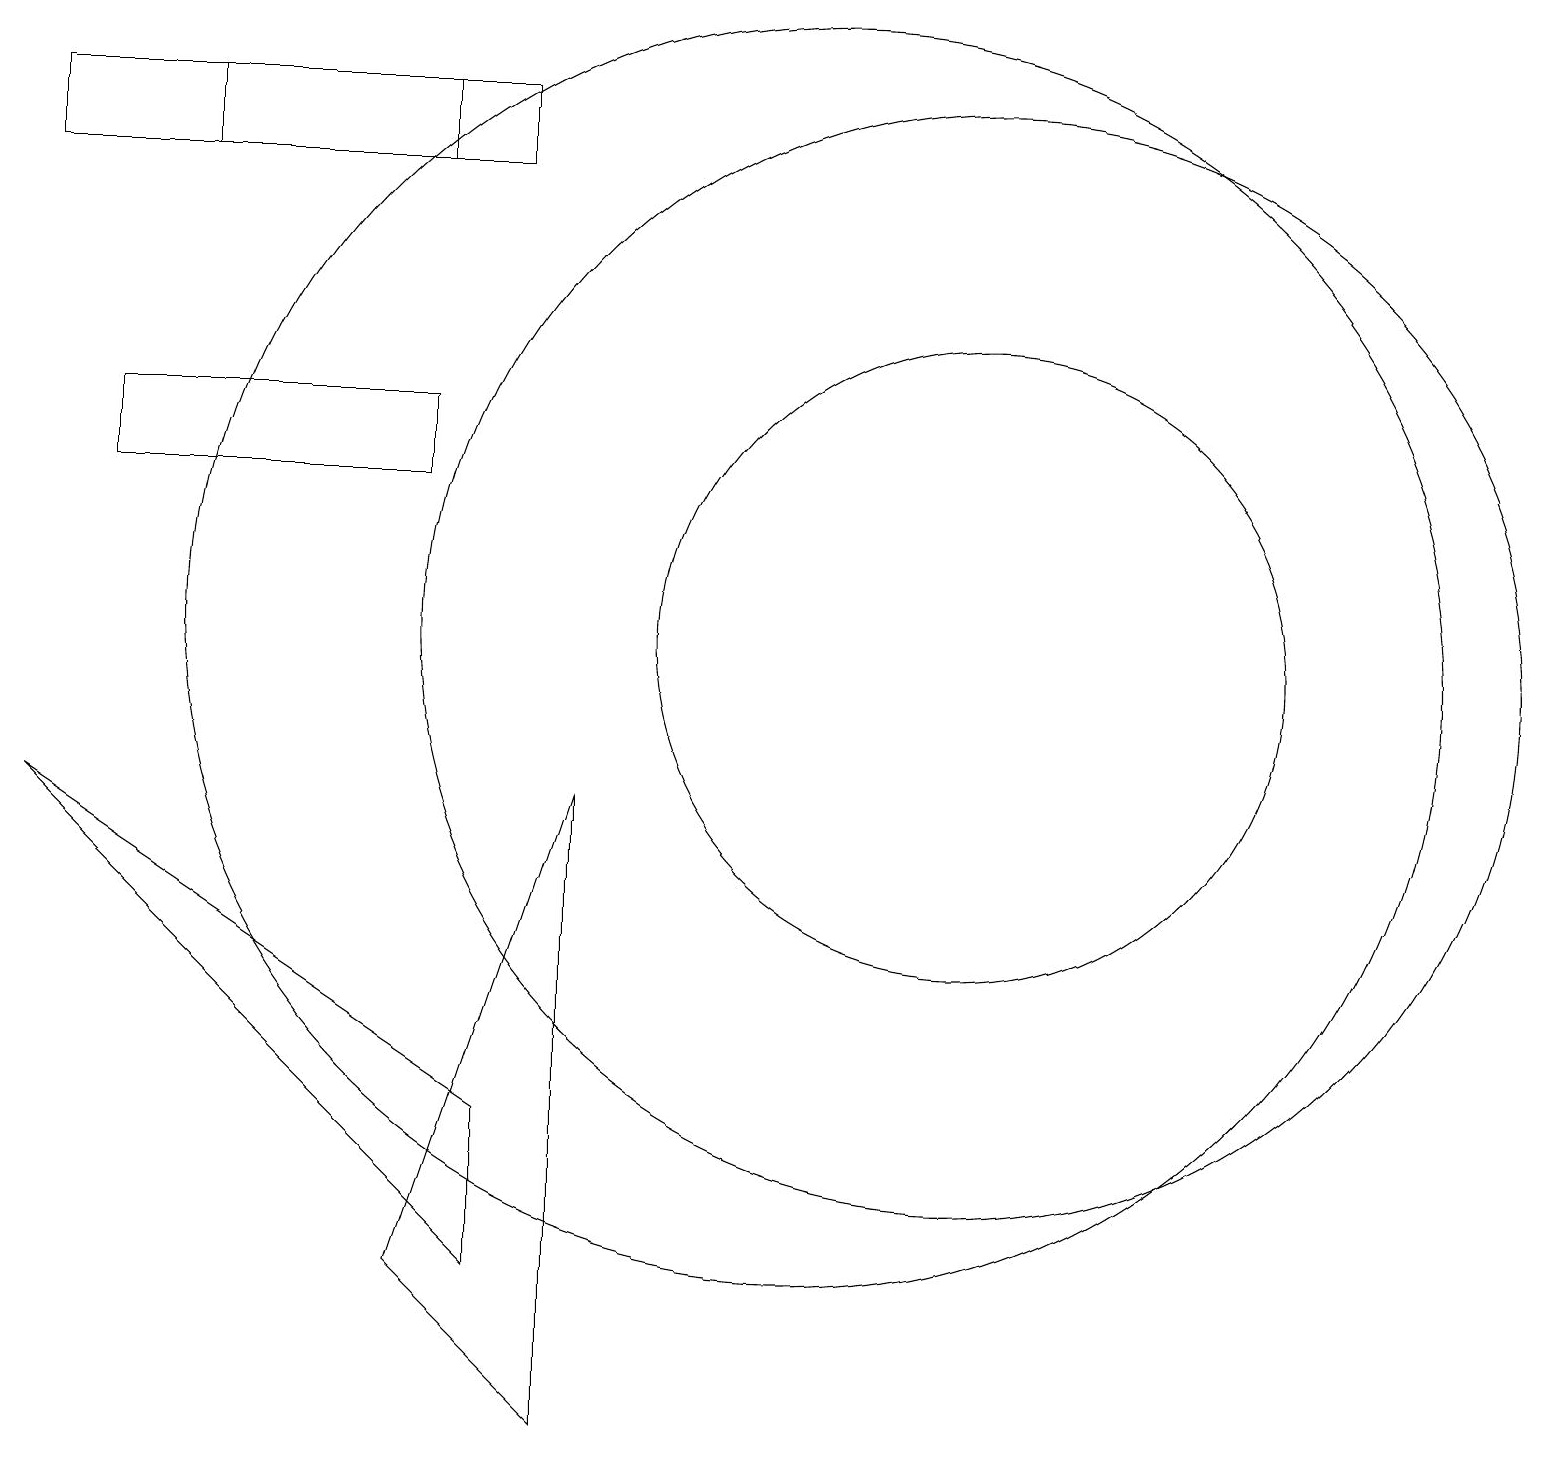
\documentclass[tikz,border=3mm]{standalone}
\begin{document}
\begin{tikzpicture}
\draw (10,10) circle (8);
\draw (12,10) circle (7);
\draw (12,10) circle (4);
\draw (6,2) -- (0,8) -- (6,4) -- cycle;
\draw (5,2) -- (7,0) -- (7,8) -- cycle;
\draw (0,17) rectangle (6,16);
\draw (5,13) rectangle (1,12);
\draw (2,16) rectangle (5,17);
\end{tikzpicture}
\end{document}